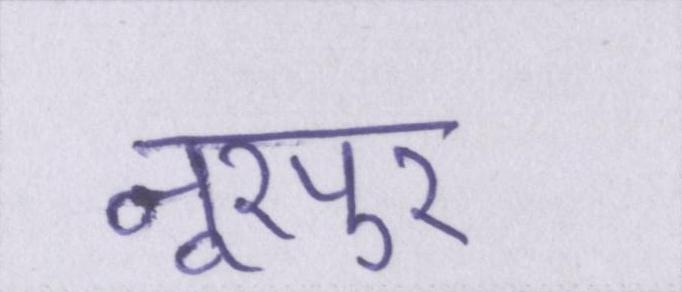
नूरपुर